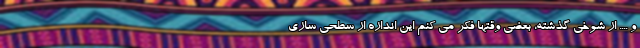
و .... از شوخی گذشته، بعضی وقتها فکر می کنم این اندازه از سطحی سازی